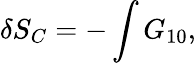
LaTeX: \delta S_{C}=-\int G_{10},